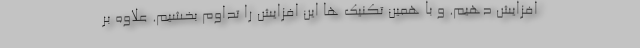
افزایش دهیم. و با همین تکنیک ها این افزایش را تداوم بخشیم. علاوه بر